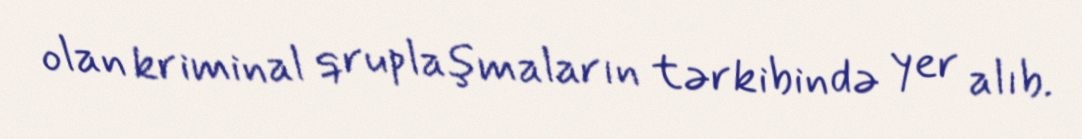
olan kriminal qruplaşmaların tərkibində yer alıb.